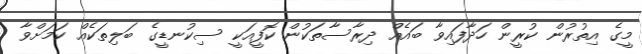
މީގެ އިތުރުން ކުރީން ހަދާފައިވާ ބައެއް ދިރާސާތަކުން ކޮފީއަކީ ސިކުނޑީގެ ބަލިތަކެއް ކަމަށްވާ